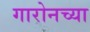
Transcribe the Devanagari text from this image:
गारोनच्या